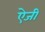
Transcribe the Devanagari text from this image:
ऐजी